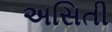
અસિતી